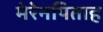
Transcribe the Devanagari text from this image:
मेरेनपिताह